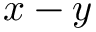
x - y